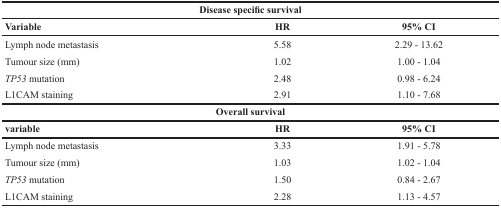
<table><thead><tr><td colspan="3"><b>Disease specific survival</b></td></tr><tr><td><b>Variable</b></td><td><b>HR</b></td><td><b>95% CI</b></td></tr></thead><tbody><tr><td>Lymph node metastasis</td><td>5.58</td><td>2.29 - 13.62</td></tr><tr><td>Tumour size (mm)</td><td>1.02</td><td>1.00 - 1.04</td></tr><tr><td><i>TP53</i> mutation</td><td>2.48</td><td>0.98 - 6.24</td></tr><tr><td>L1CAM staining</td><td>2.91</td><td>1.10 - 7.68</td></tr><tr><td colspan="3"><b>Overall survival</b></td></tr><tr><td><b>variable</b></td><td><b>HR</b></td><td><b>95% CI</b></td></tr><tr><td>Lymph node metastasis</td><td>3.33</td><td>1.91 - 5.78</td></tr><tr><td>Tumour size (mm)</td><td>1.03</td><td>1.02 - 1.04</td></tr><tr><td><i>TP53</i> mutation</td><td>1.50</td><td>0.84 - 2.67</td></tr><tr><td>L1CAM staining</td><td>2.28</td><td>1.13 - 4.57</td></tr></tbody></table>